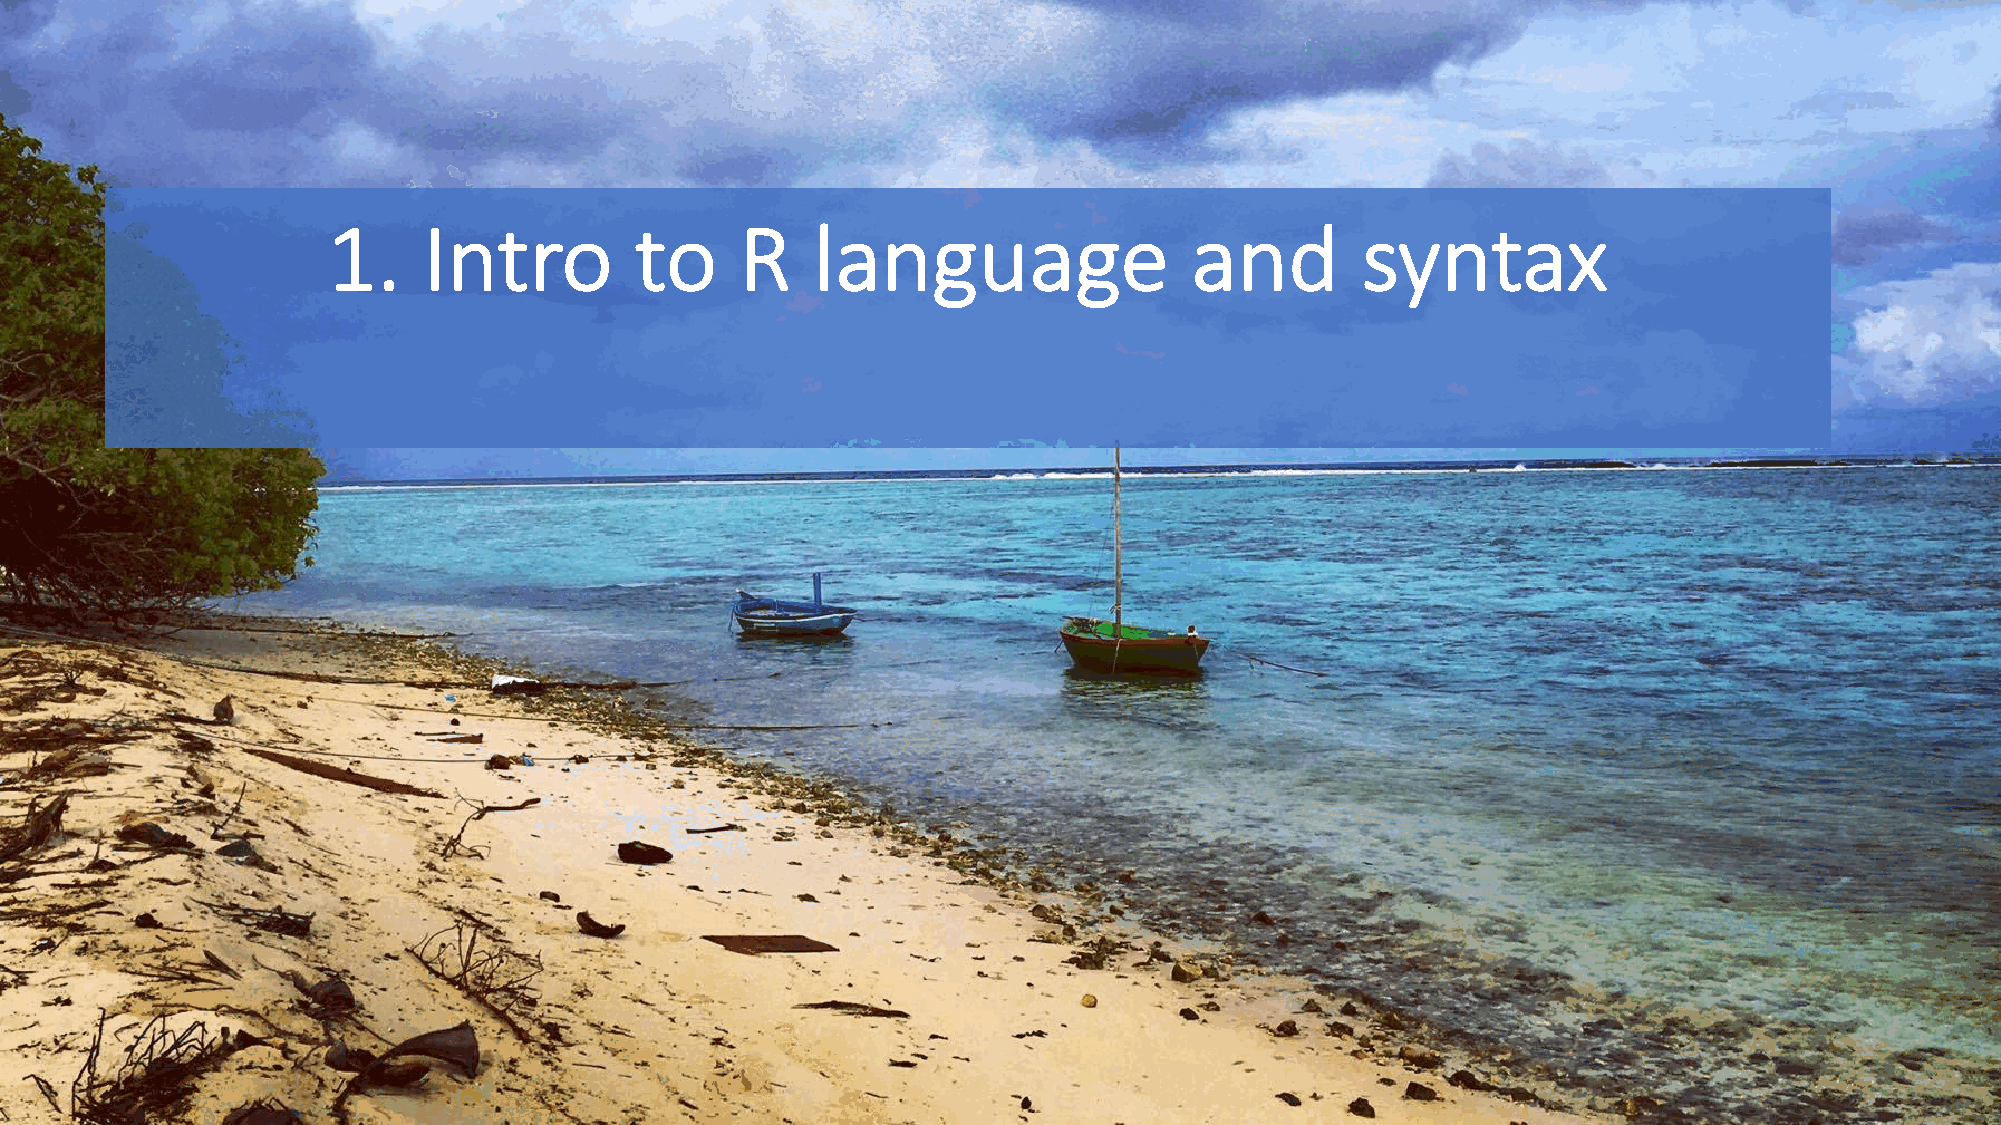
1.    Intro         to     R    language                 and        syntax